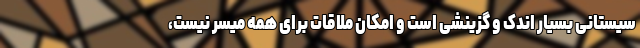
سیستانی بسیار اندک و گزینشی است و امکان ملاقات برای همه میسر نیست،